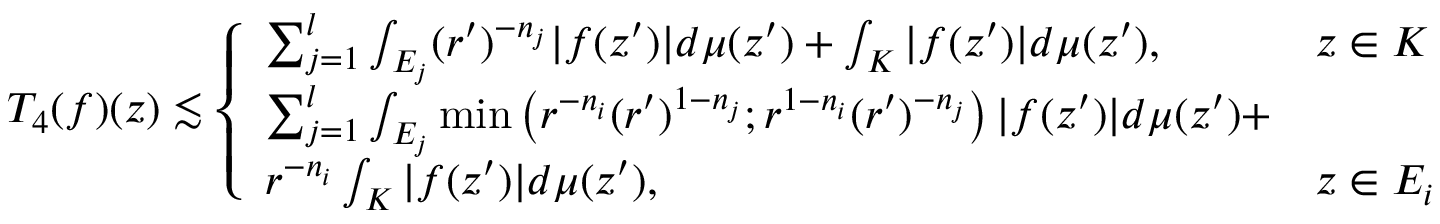
T _ { 4 } ( f ) ( z ) \lesssim \left\{ \begin{array} { l l } { \sum _ { j = 1 } ^ { l } \int _ { E _ { j } } ( r ^ { \prime } ) ^ { - n _ { j } } | f ( z ^ { \prime } ) | d \mu ( z ^ { \prime } ) + \int _ { K } | f ( z ^ { \prime } ) | d \mu ( z ^ { \prime } ) , } & { z \in K } \\ { \sum _ { j = 1 } ^ { l } \int _ { E _ { j } } \operatorname* { m i n } \left( r ^ { - n _ { i } } ( r ^ { \prime } ) ^ { 1 - n _ { j } } ; r ^ { 1 - n _ { i } } ( r ^ { \prime } ) ^ { - n _ { j } } \right) | f ( z ^ { \prime } ) | d \mu ( z ^ { \prime } ) + } \\ { r ^ { - n _ { i } } \int _ { K } | f ( z ^ { \prime } ) | d \mu ( z ^ { \prime } ) , } & { z \in E _ { i } } \end{array} \right.